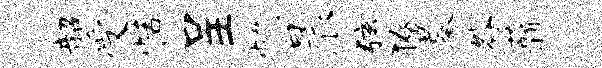
韶受恬呈忱晨弦獠墓咎薪